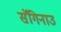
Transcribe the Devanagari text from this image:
सॅगिनाउ